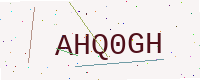
Text: AHQ0GH